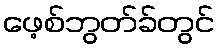
ဖေ့စ်ဘွတ်ခ်တွင်